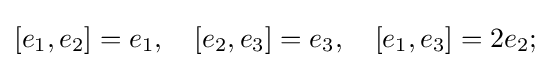
[e_{1},e_{2}]=e_{1},\quad [e_{2},e_{3}]=e_{3},\quad [e_{1},e_{3}]=2e_{2};